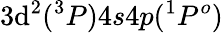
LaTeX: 3\mathrm{d}^{2}(^{3}P)4s4p(^{1}P^{o})